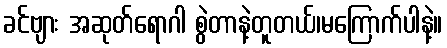
ခင်ဗျား အဆုတ်ရောဂါ စွဲတာနဲ့တူတယ်၊မကြောက်ပါနဲ့။